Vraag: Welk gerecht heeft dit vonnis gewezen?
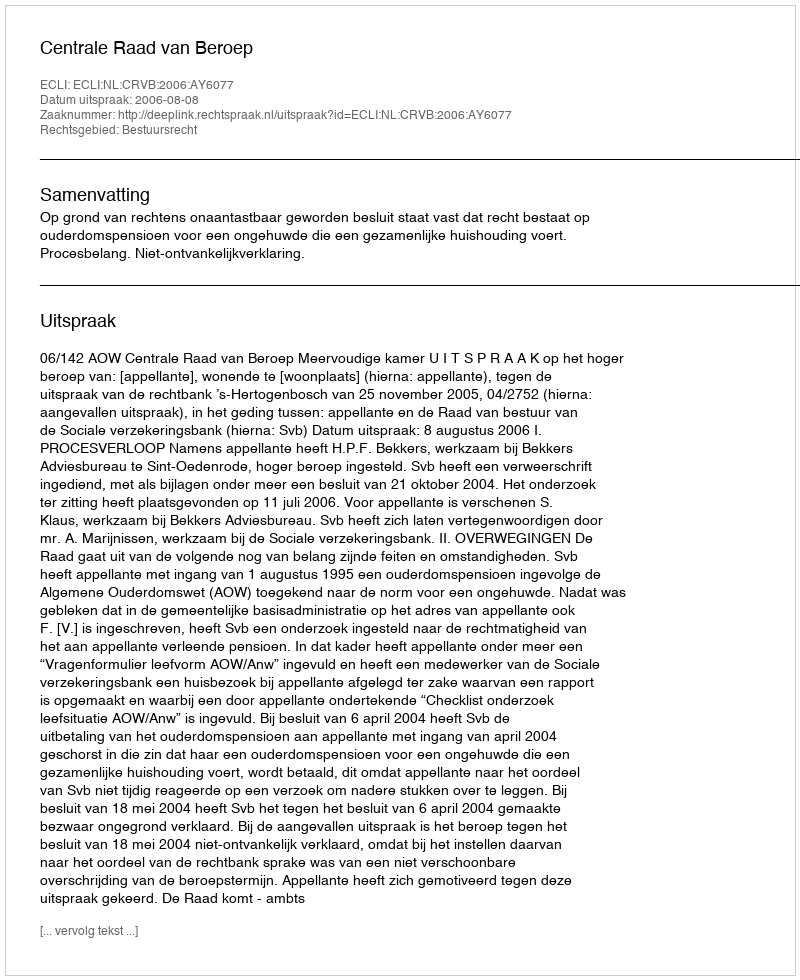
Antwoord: Centrale Raad van Beroep